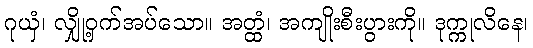
ဂုယှံ၊ လျှို့ဝှက်အပ်သော။ အတ္ထံ၊ အကျိုးစီးပွားကို။ ဒုက္ကုလိနေ၊